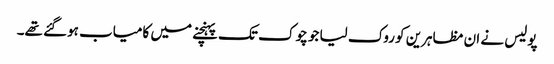
پولیس نے ان مظاہرین کو روک لیا جو چوک تک پہنچنے میں کامیاب ہوگئے تھے۔